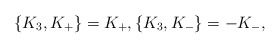
\begin{align*} \{K_3,K_{+}\}=K_{+},\{K_{3},K_{-}\}=-K_{-},\end{align*}